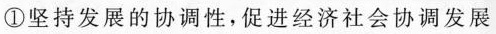
①坚持发展的协调性，促进经济社会协调发展